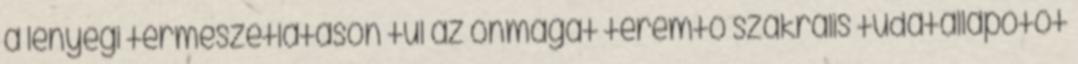
a lényegi természetlátáson túl az önmagát teremtő szakrális tudatállapotot